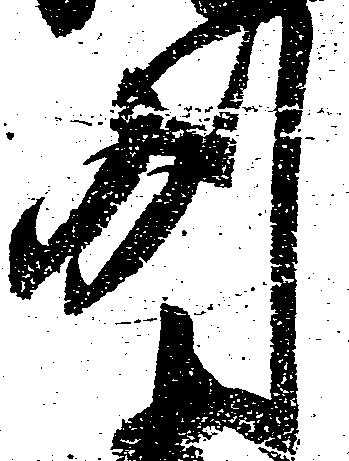
州